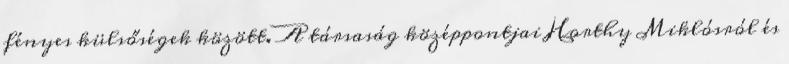
fényes külsőségek között. A társaság középpontjai Horthy Miklósról és